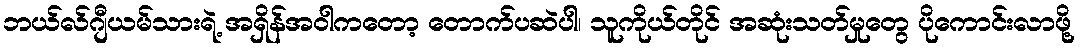
ဘယ်လ်ဂျီယမ်သားရဲ့ အရှိန်အဝါကတော့ တောက်ပဆဲပါ၊ သူကိုယ်တိုင် အဆုံးသတ်မှုတွေ ပိုကောင်းလာဖို့